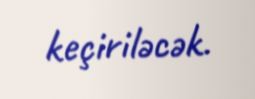
keçiriləcək.